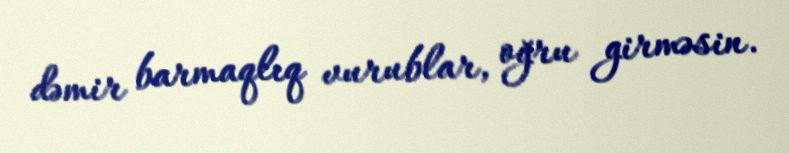
dəmir barmaqlıq vurublar, oğru girməsin.